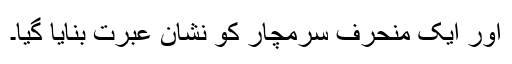
اور ایک منحرف سرمچار کو نشان عبرت بنایا گیا۔